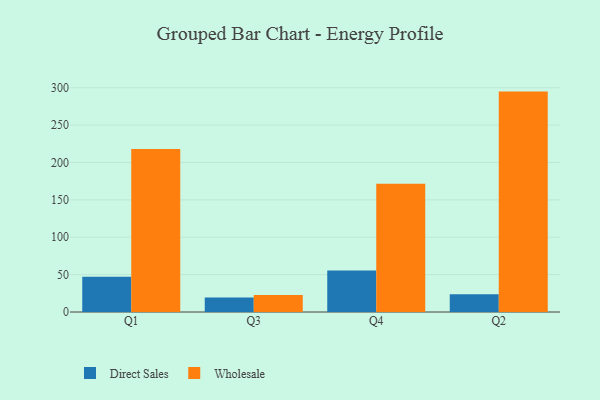
{"axis": {"x": "Quarter", "y": "Energy Usage (MWh)"}, "legend": ["Direct Sales", "Wholesale"], "data": [{"x": "Q1", "y": 47.3, "type": "Direct Sales"}, {"x": "Q1", "y": 218.1, "type": "Wholesale"}, {"x": "Q3", "y": 19.5, "type": "Direct Sales"}, {"x": "Q3", "y": 22.6, "type": "Wholesale"}, {"x": "Q4", "y": 55.6, "type": "Direct Sales"}, {"x": "Q4", "y": 171.5, "type": "Wholesale"}, {"x": "Q2", "y": 23.8, "type": "Direct Sales"}, {"x": "Q2", "y": 294.8, "type": "Wholesale"}]}